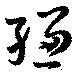
縑